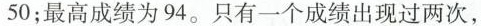
50；最高成绩为94。只有一个成绩出现过两次，